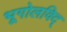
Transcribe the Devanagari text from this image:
भूगोलविद्